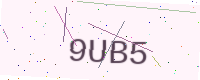
Text: 9UB5